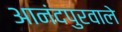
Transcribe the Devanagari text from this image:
आनंदपुरवाले